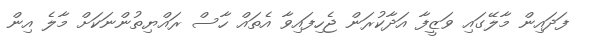
ފަދައިން މާލޭގައި ވަޒީފާ އަދާކުރަން ޖެހިފައިވާ އެތައް ހާސް ރައްޔިތުންނަކަށް މާލެ އިން